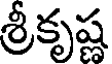
శ్రీకృష్ణ